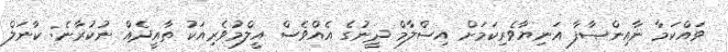
ވައްކަމާ ނާއިންޞާފާ އަނިޔާވެރިކަމަށް އިސްލާމް ދީނުގެ އެއްވެސް އީލްމުވެރިއަކު ތާއީދެއް ނުކުރާނެ: ކާނަލް